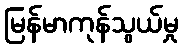
မြန်မာကုန်သွယ်မှု